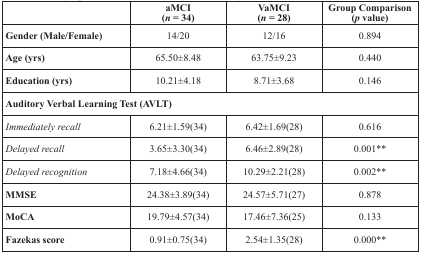
|  | aMCI (n= 34) | VaMCI (n= 28) | Group Comparison (p value) |
 | --- | --- | --- | --- |
 | Gender (Male/Female) | 14/20 | 12/16 | 0.894 |
 | Age (yrs) | 65.50±8.48 | 63.75±9.23 | 0.440 |
 | Education (yrs) | 10.21±4.18 | 8.71±3.68 | 0.146 |
 | <COLSPAN=4> Auditory Verbal Learning Test (AVLT) |
 | Immediately recall | 6.21±1.59(34) | 6.42±1.69(28) | 0.616 |
 | Delayed recall | 3.65±3.30(34) | 6.46±2.89(28) | 0.001** |
 | Delayed recognition | 7.18±4.66(34) | 10.29±2.21(28) | 0.002** |
 | MMSE | 24.38±3.89(34) | 24.57±5.71(27) | 0.878 |
 | MoCA | 19.79±4.57(34) | 17.46±7.36(25) | 0.133 |
 | Fazekas score | 0.91±0.75(34) | 2.54±1.35(28) | 0.000** |